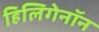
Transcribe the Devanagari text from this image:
हिलिगेनॉन